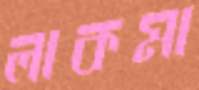
লাকমা